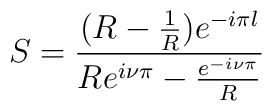
S=\frac{(R-\frac{1}{R})e^{-i\pi l}}{Re^{i\nu\pi}-\frac{e^{-i\nu\pi}}{R}}